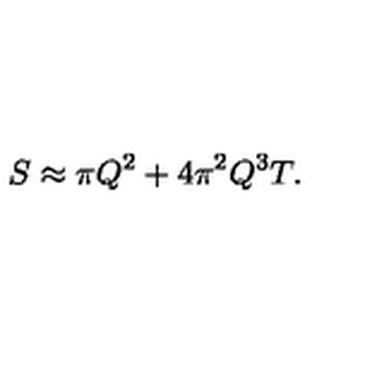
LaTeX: S \approx \pi Q ^ { 2 } + 4 \pi ^ { 2 } Q ^ { 3 } T .